Indian journal of veterinary science and animal husbandry - Volumes 18-21, 1948-1951
Year: 1948
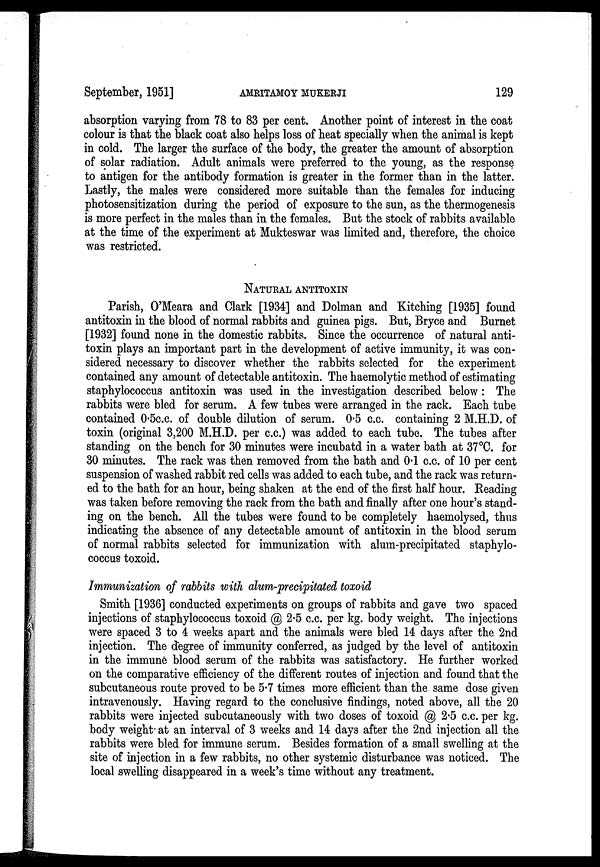
September, 1951]
AMRITAMOY
MUKERJI
129
absorption varying from 78 to 83 per cent. Another point of interest in the coat
colour is that the black coat also helps loss of heat specially when the animal is kept
in cold. The larger the surface of the body, the greater the amount of absorption
of solar radiation. Adult animals were preferred to the young, as the response
to antigen for the antibody formation is greater in the former than in the latter.
Lastly, the males were considered more suitable than the females for inducing
photosensitization during the period of exposure to the sun, as the thermogenesis
is more perfect in the males than in the females. But the stock of rabbits available
at the time of the experiment at Mukteswar was limited and, therefore, the choice
was restricted.
NATURAL ANTITOXIN
Parish, O'Meara and Clark [1934] and Dolman and Kitching [1935] found
antitoxin in the blood of normal rabbits and guinea pigs. But, Bryce and Burnet
[1932] found none in the domestic rabbits. Since the occurrence of natural anti-
toxin plays an important part in the development of active immunity, it was con-
sidered necessary to discover whether the rabbits selected for the experiment
contained any amount of detectable antitoxin. The haemolytic method of estimating
staphylococcus antitoxin was used in the investigation described below: The
rabbits were bled for serum. A few tubes were arranged in the rack. Each tube
contained 0.5c.c. of double dilution of serum. 0.5 c.c. containing 2 M.H.D. of
toxin (original 3,200 M.H.D. per c.c.) was added to each tube. The tubes after
standing on the bench for 30 minutes were incubatd in a water bath at 37 °C. for
30 minutes. The rack was then removed from the bath and 0.1 c.c. of 10 per cent
suspension of washed rabbit red cells was added to each tube, and the rack was return-
ed to the bath for an hour, being shaken at the end of the first half hour. Reading
was taken before removing the rack from the bath and finally after one hour's stand-
ing on the bench. All the tubes were found to be completely haemolysed, thus
indicating the absence of any detectable amount of antitoxin in the blood serum
of normal rabbits selected for immunization with alum-precipitated staphylo-
coccus toxoid.
Immunization of rabbits with alum-precipitated toxoid
Smith [1936] conducted experiments on groups of rabbits and gave two spaced
injections of staphylococcus toxoid @ 2.5 c.c. per kg. body weight. The injections
were spaced 3 to 4 weeks apart and the animals were bled 14 days after the 2nd
injection. The degree of immunity conferred, as judged by the level of antitoxin
in the immune blood serum of the rabbits was satisfactory. He further worked
on the comparative efficiency of the different routes of injection and found that the
subcutaneous route proved to be 5.7 times more efficient than the same dose given
intravenously. Having regard to the conclusive findings, noted above, all the 20
rabbits were injected subcutaneously with two doses of toxoid @ 2.5 c.c. per kg.
body weight at an interval of 3 weeks and 14 days after the 2nd injection all the
rabbits were bled for immune serum. Besides formation of a small swelling at the
site of injection in a few rabbits, no other systemic disturbance was noticed. The
local swelling disappeared in a week's time without any treatment.